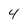
Character: 4